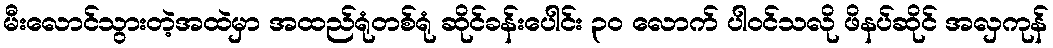
မီးလောင်သွားတဲ့အထဲမှာ အထည်ရုံတစ်ရုံ ဆိုင်ခန်းပေါင်း ၃၀ လောက် ပါဝင်သလို ဖိနပ်ဆိုင် အလှကုန်